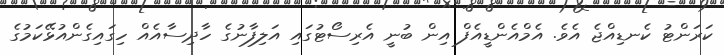
ކަރަންޓު ކެނޑިއްޖެ އެވެ. އެމްއެންޑީއެފް އިން ބުނީ އެރިސޯޓުގައި އަލިފާނުގެ ހާދިސާއެއް ހިގައިގެންއުޅޭކަމުގެ